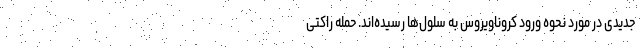
جدیدی در مورد نحوه ورود کروناویروس به سلول‌ها رسیده‌اند. حمله راکتی